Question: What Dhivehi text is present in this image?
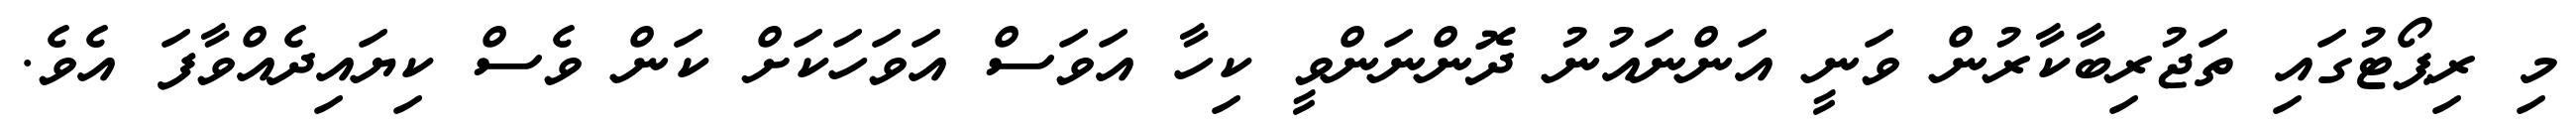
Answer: މި ރިޕޯޓުގައި ތަޖުރިބާކާރުން ވަނީ އަންނައުނު ދޮންނަންވީ ކިހާ އަވަސް އަވަހަކަށް ކަން ވެސް ކިޔައިދެއްވާފަ އެވެ.